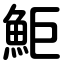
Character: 鮔